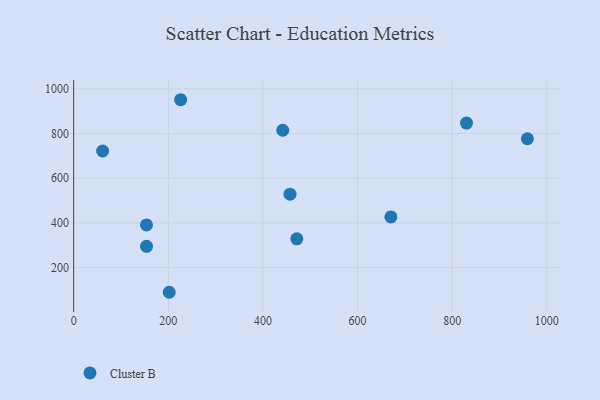
{"axis": {"x": "Experience", "y": "Salary"}, "legend": ["Cluster B"], "data": [{"x": "958.8", "y": 776.9, "type": "Cluster B"}, {"x": "153.9", "y": 391.2, "type": "Cluster B"}, {"x": "471.6", "y": 329.0, "type": "Cluster B"}, {"x": "830.2", "y": 847.1, "type": "Cluster B"}, {"x": "226.1", "y": 951.5, "type": "Cluster B"}, {"x": "201.9", "y": 89.8, "type": "Cluster B"}, {"x": "441.9", "y": 815.0, "type": "Cluster B"}, {"x": "154.0", "y": 295.6, "type": "Cluster B"}, {"x": "61.2", "y": 722.1, "type": "Cluster B"}, {"x": "457.2", "y": 529.0, "type": "Cluster B"}, {"x": "670.4", "y": 427.1, "type": "Cluster B"}]}